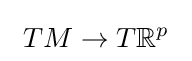
\ TM\to T\mathbb {R} ^{p}~